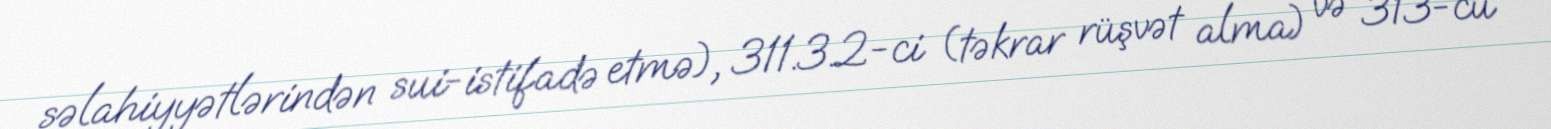
səlahiyyətlərindən sui-istifadə etmə), 311.3.2-ci (təkrar rüşvət alma) və 313-cü